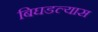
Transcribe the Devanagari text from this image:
बिघडल्यास